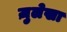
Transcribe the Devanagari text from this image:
ज़ुलेखा